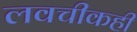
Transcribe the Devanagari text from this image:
लवचीकही